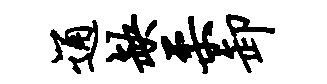
通缺柔卸